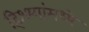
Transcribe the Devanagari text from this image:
हिश्श्यांमध्ये